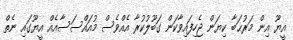
އީޔޫ އިން މަރުޙަބާ ކިޔަން ޖެހިފައިވާކަން ގަބޫލުކުރާ އެއްވެސް މުއައްސަސާއެއް އީޔޫގައި ނެތް